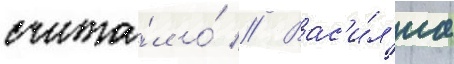
счита́л о́ // Вас'и́л'иа